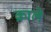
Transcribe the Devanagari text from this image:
क्राले